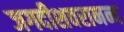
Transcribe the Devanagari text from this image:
जगदीशवरानन्द